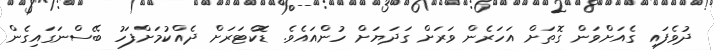
ދުވެފައި ގެއަށްވަން ގޮތަށް އަހަރެން ވަރަށް ގަދަޔަށް ހުންއައެވެ. ޑޮކްޓަރަށް ދެއްކުމަށްފަހު ބޭސްނަގައިގެން